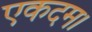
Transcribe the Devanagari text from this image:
एकदम।